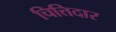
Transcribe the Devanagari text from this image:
चित्तिदार